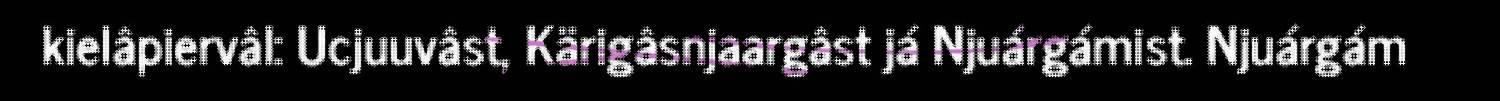
kielâpiervâl: Ucjuuvâst, Kärigâsnjaargâst já Njuárgámist. Njuárgám